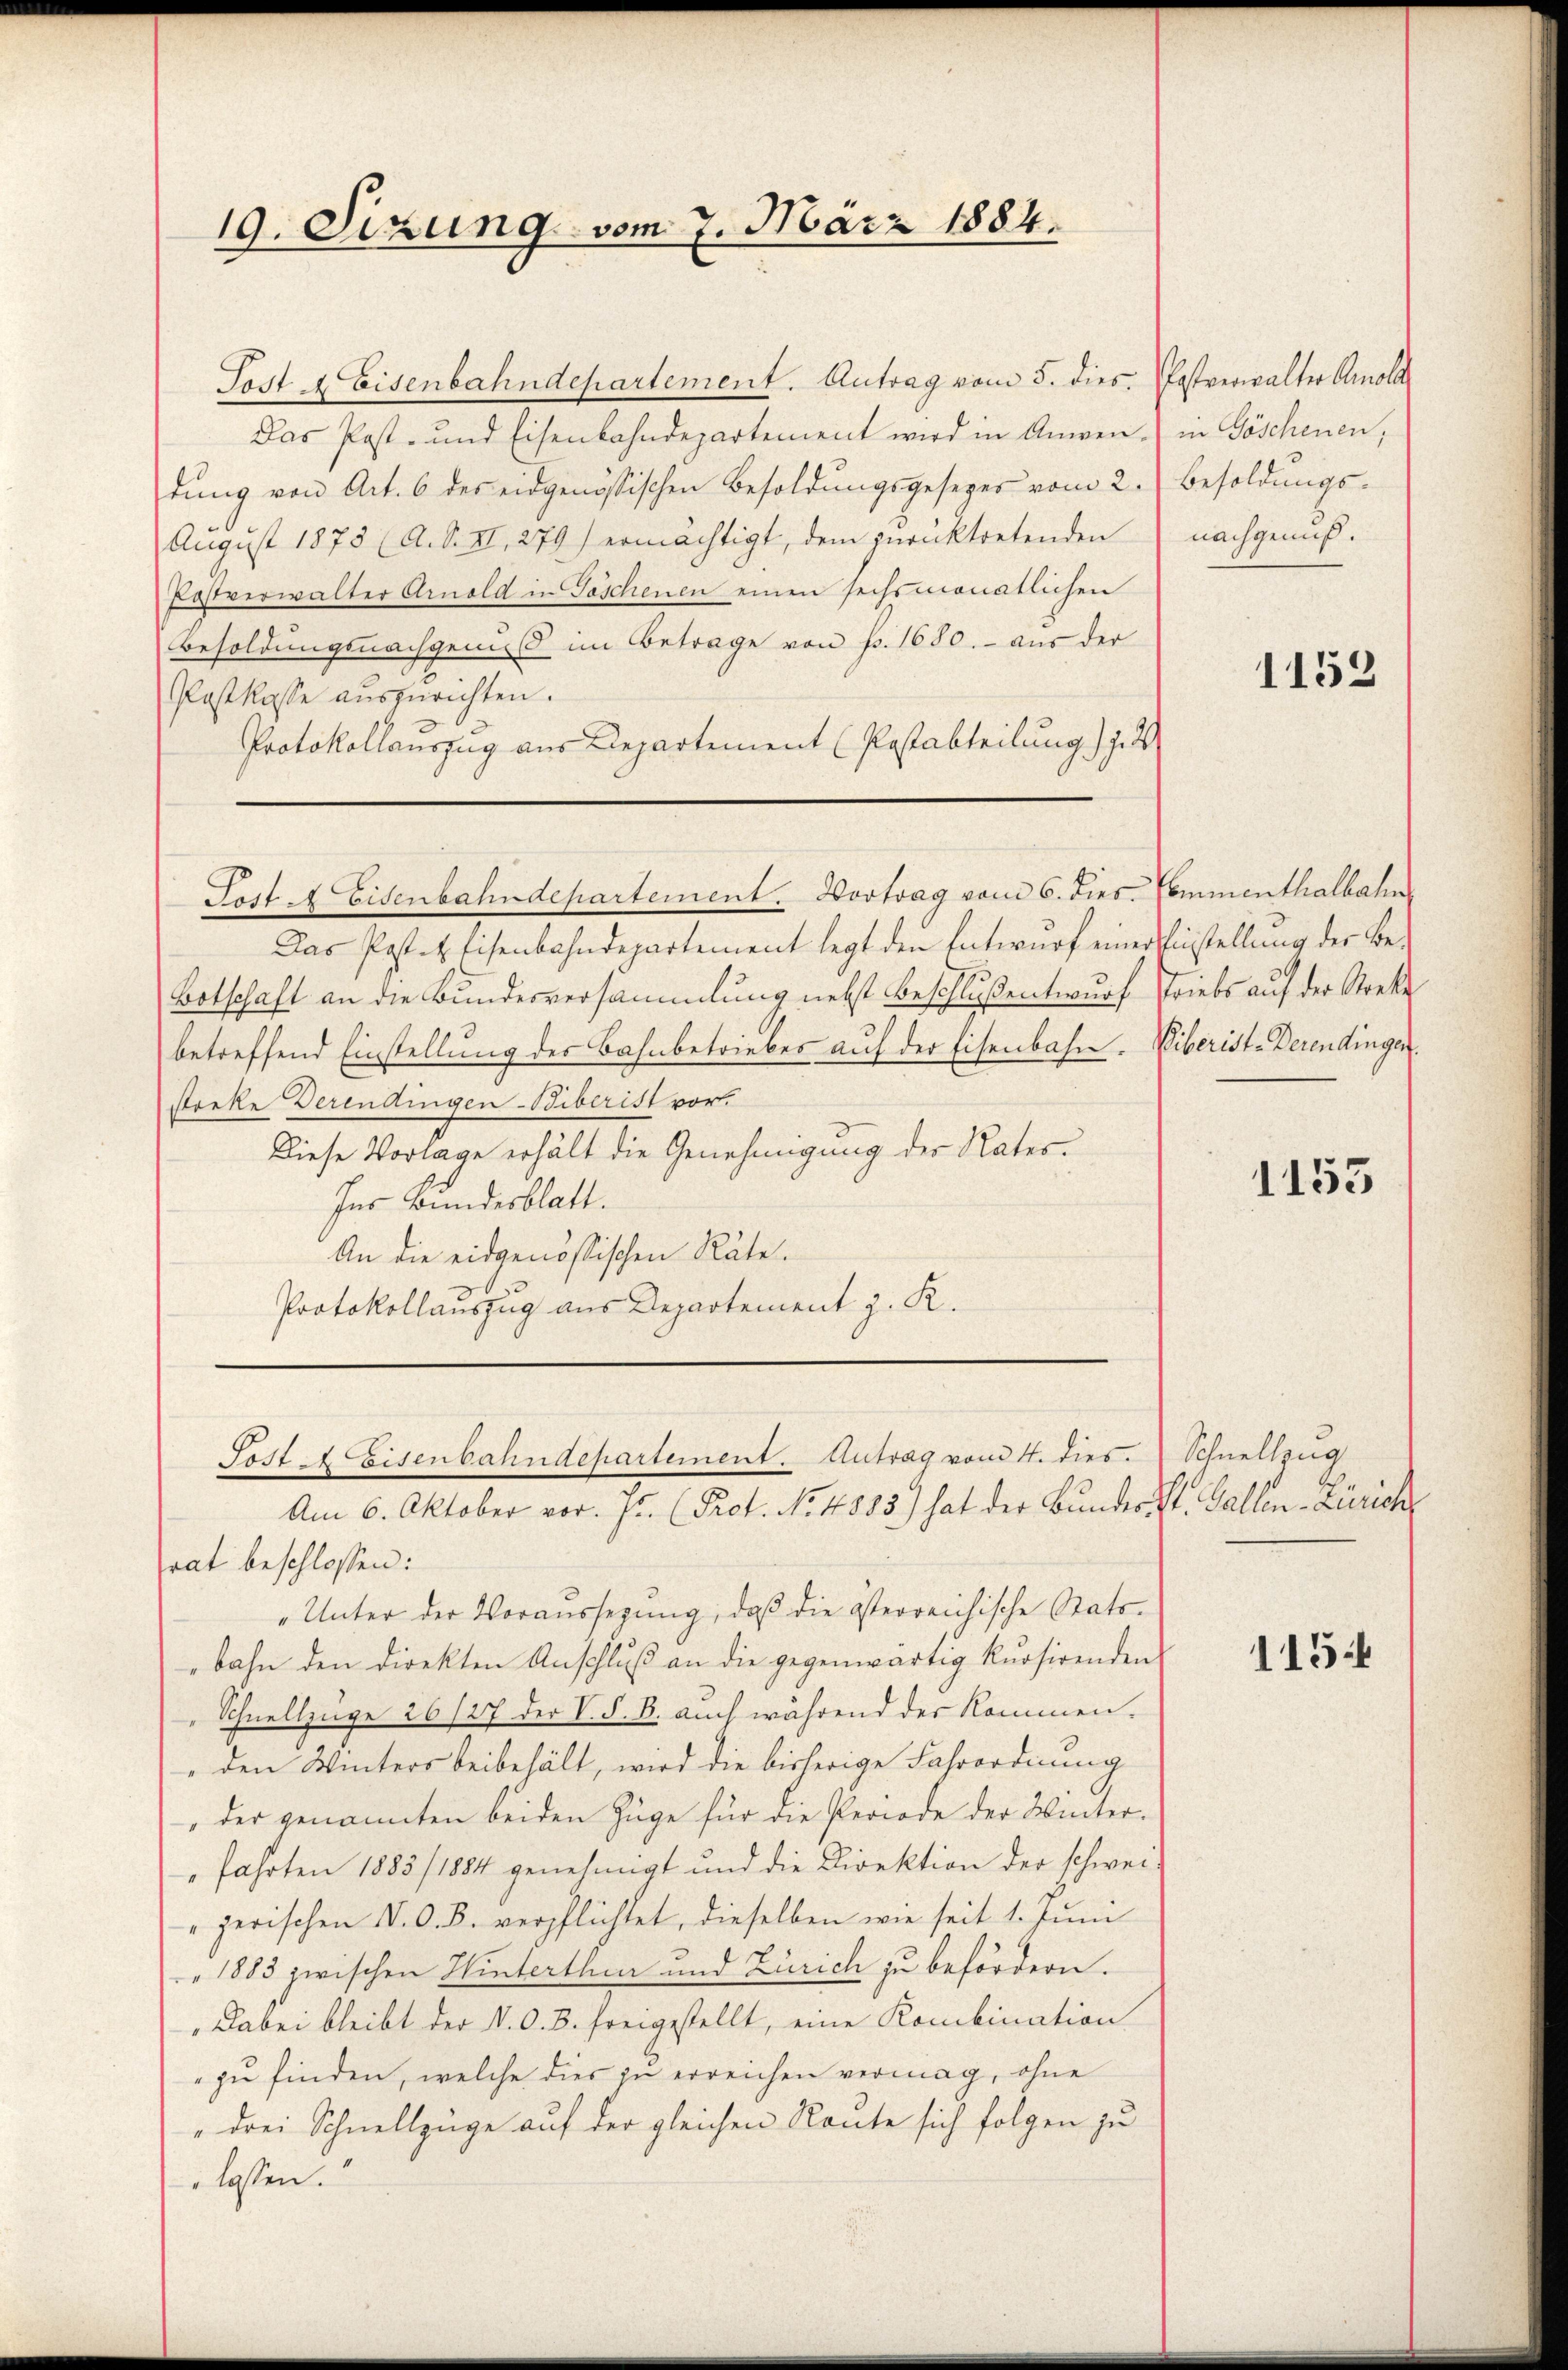
19. Sizung vom 7. März 1884.

Post 4 Eisenbahndepartement. Antrag vom 5. dies. Postverwalter Amold
Das Post- und Eisenbahndepartement wird in Anwen- in Göschenen,
dung von Art. 6 des eidgenössischen Besoldungsgesezes vom 2.
August 1873 (A. S. II, 279) ermächtigt, dem zurücktretenden
Pastverwalter Arnold in Toschenen einen sechsmonatlichen
Besoldŭngsnachgemes im Betrage von p. 1680. - aus der
Postkasse auszurichten.
Protokollauszug aus Departement (Postabteilung) 1. 2

Post A Eisenbahndepartement. Vortrag vom 6. dies. Semmenthalbahn

Das Postet. Eisenbahndepartement legt den Entwurf einer Einstellung der Be-
Botschaft an die Bundesversammlung nebst Beschlußentwurf Triebs auf der Streke
betreffend Einstellung des Bahnbetriebes auf der Eisenbahn. Viberist-Derendingen.
stecke derendingen Biberist vor.
Diese Vorlage erhält die Genehmigung der Rates¬
Ins Bundesblatt.
An die eidgenössischen Räte.
Protokollauszug aus Departement z. R.

rat beschlossen:
"Unter der Voraussegŭng, daβ die österreichische Stats-
bahn den direkten Anschlŭβ an die gegenwärtig kursirenden
Schnellzüge 26/27 der V. d. B. auch während der kommenden Winters beibehält, wird die bisherige Fahrordnung
"der genannten beiden Züge für die Periode der Winter-
fahrten 1883/1884 genehmigt und die Direktion der schwei¬
"jerischen N. O. B. verpflichtet, dieselben wie seit 1. Juni
" 1883 zwischen Hinterthur und Zürich zu befördern.
Dabei bleibt der V. O. B. freigestellt, eine Kombination
" zu finden, welche dies zu erreichen vermag, ohne
„drei Schnellzüge auf der gleichen Reute sich folgen zu
lassen.

Post Eisenbahndepartement. Antrag von 4. dies.
Am 6. Oktober vor. pr. (Prot. No. 4883) hat der Bundes St. Gallen-Zürich

Besoldungs-
nachgenuß.

1152

1153

Schnellzug

115: